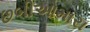
છબીઓમારા